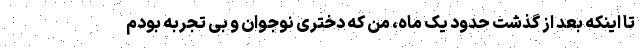
تا اینکه بعد از گذشت حدود یک ماه، من که دختری نوجوان و بی تجربه بودم